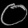
Digit: ၀